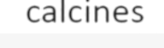
calcines